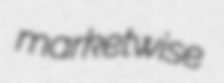
marketwise